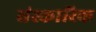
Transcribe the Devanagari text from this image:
संस्कारिक